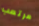
مرتعب